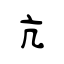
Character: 亢